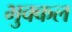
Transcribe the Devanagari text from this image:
भुक्कल